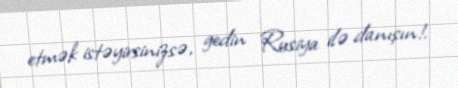
etmək istəyirsinizsə, gedin Rusiya ilə danışın!.